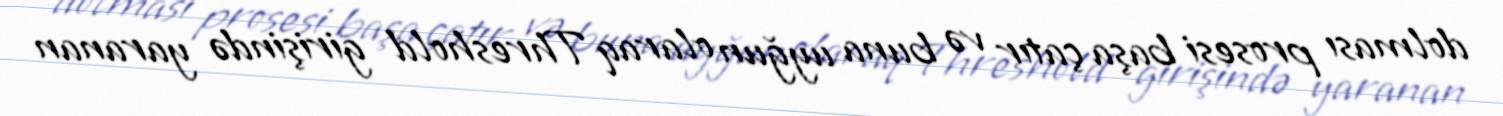
dolması prosesi başa çatır və buna uyğun olaraq Threshold girişində yaranan